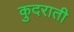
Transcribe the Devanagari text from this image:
कुदराती